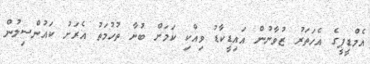
އެމްޑީޕީގެ އެހަތަރު ޒުވާނުން އައިޑީކާޑު ވިއްކި ކަމަށް ބުނާ ތުހުމަތު އެރަށު ކައުންސިލުން